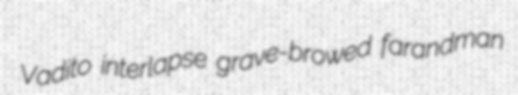
Vadito interlapse grave-browed farandman